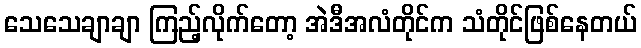
သေသေချာချာ ကြည့်လိုက်တော့ အဲဒီအလံတိုင်က သံတိုင်ဖြစ်နေတယ်